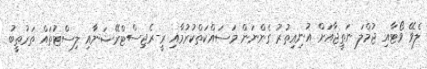
ލެވޭ ވޯޓާއި ޖުމްލަ ނަތީޖާއަށް އުނިއިތުރު ގެންނަން މަސައްކަތްކުރުމާއި ރީ-ރެޖިސްޓްރޭޝަނާއި ލިސްޓުތައް ތަރުތީބު